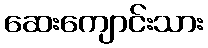
ဆေးကျောင်းသား